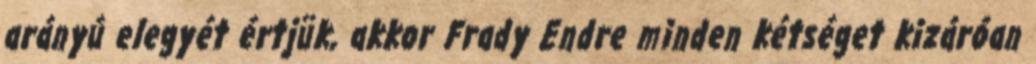
arányú elegyét értjük, akkor Frady Endre minden kétséget kizáróan